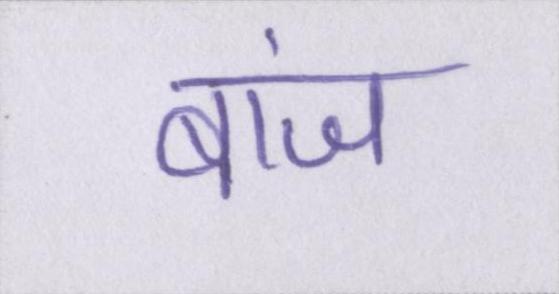
बांज